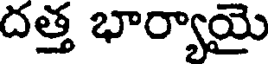
దత్త భార్యాయై